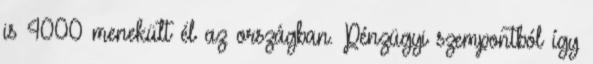
is 4000 menekült él az országban. Pénzügyi szempontból így